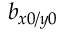
b _ { x 0 / y 0 }